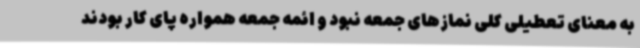
به معنای تعطیلی کلی نمازهای جمعه نبود و ائمه جمعه همواره پای کار بودند